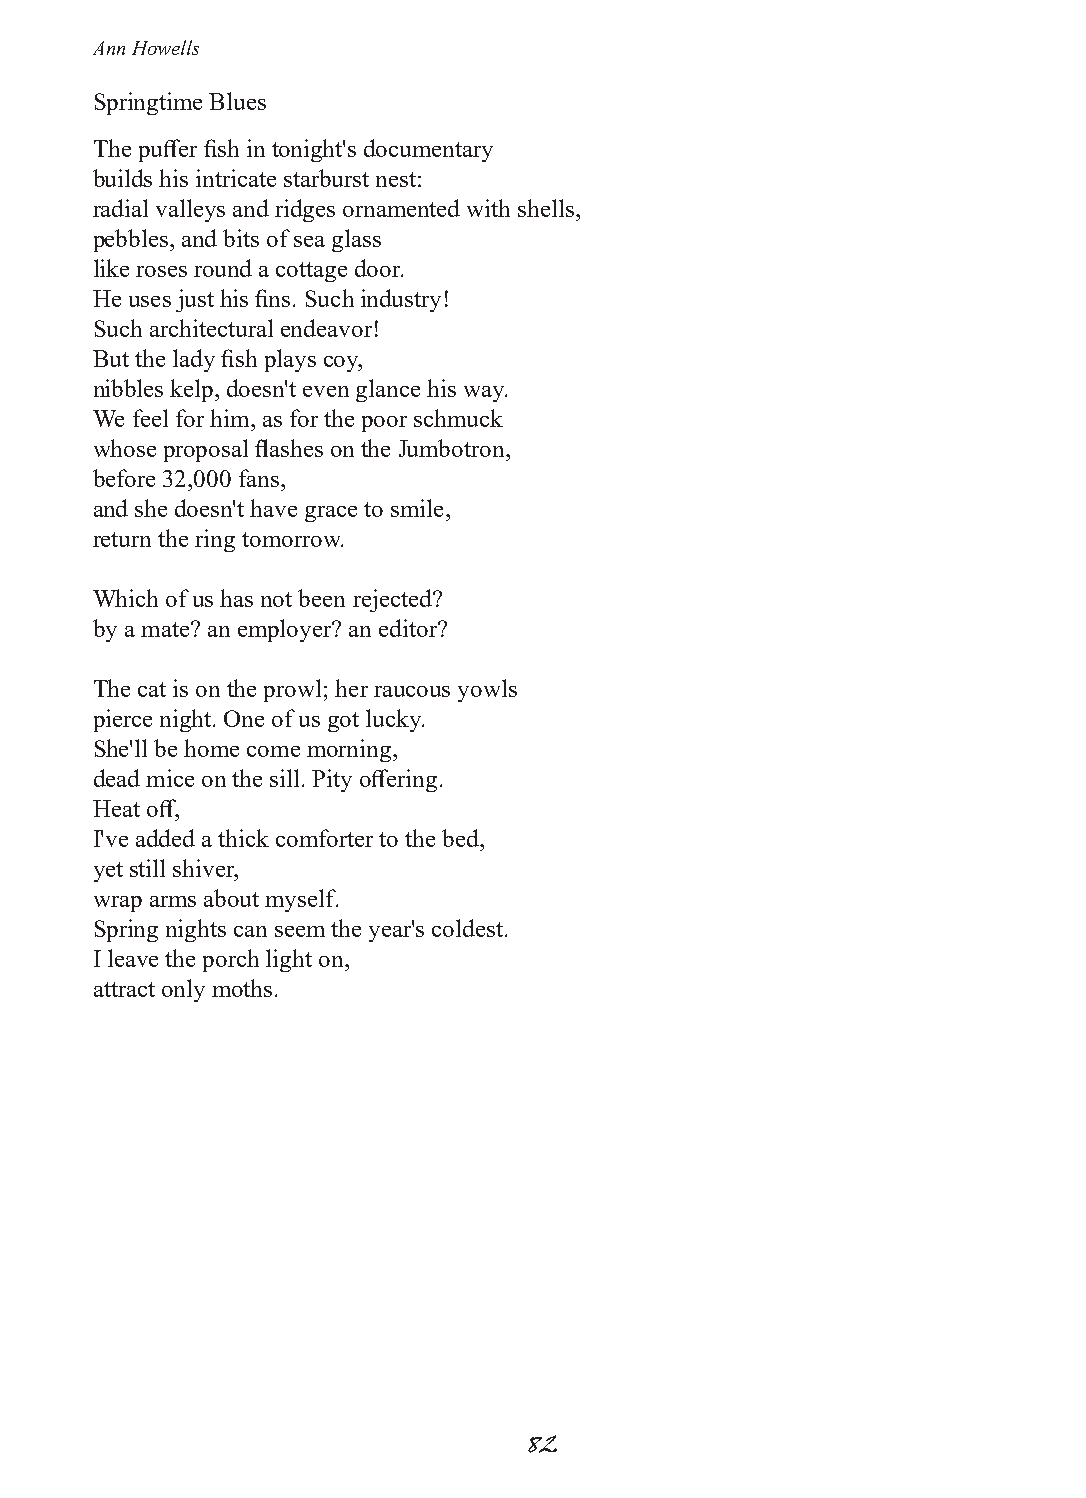
Ann Howells
 Springtime Blues
 The puffer fish in tonight's documentary
 builds his intricate starburst nest:
 radial valleys and ridges ornamented with shells,
 pebbles, and bits of sea glass
 like roses round a cottage door.
 He uses just his fins. Such industry!
 Such architectural endeavor!
 But the lady fish plays coy,
 nibbles kelp, doesn't even glance his way.
 We feel for him, as for the poor schmuck
 whose proposal flashes on the Jumbotron,
 before 32,000 fans,
 and she doesn't have grace to smile,
 return the ring tomorrow.
 Which of us has not been rejected?
 by a mate? an employer? an editor?
 The cat is on the prowl; her raucous yowls
 pierce night. One of us got lucky.
 She'll be home come morning,
 dead mice on the sill. Pity offering.
 Heat off,
 I've added a thick comforter to the bed,
 yet still shiver,
 wrap arms about myself.
 Spring nights can seem the year's coldest.
 I leave the porch light on,
 attract only moths.
 82